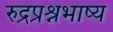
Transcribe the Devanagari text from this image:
रुद्रप्रश्नभाष्य